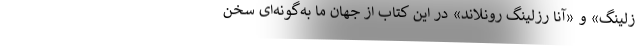
زلینگ» و «آنا رزلینگ رونلاند» در این کتاب از جهان ما به‌گونه‌ای سخن